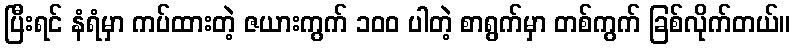
ပြီးရင် နံရံမှာ ကပ်ထားတဲ့ ဇယားကွက် ၁၀၀ ပါတဲ့ စာရွက်မှာ တစ်ကွက် ခြစ်လိုက်တယ်။